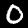
Label: 0